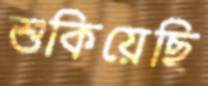
শুকিয়েছি